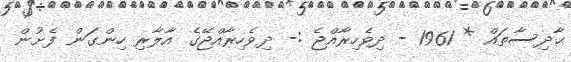
ޙާދިސާތައް * 1961 - ދިވެހިރާއްޖެ :- ދިވެހިރާއްޖޭގެ އާލާރި ހިންގަން ފެށުން